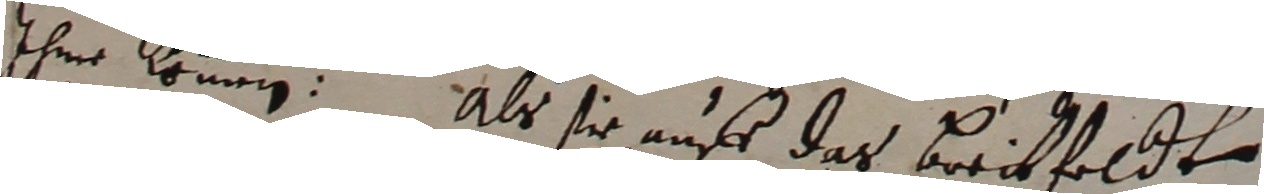
ihme kommen. Als sie uns das breitfeldt